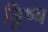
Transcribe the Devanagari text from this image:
ड्रिष्य